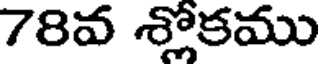
78వ శ్లోకము